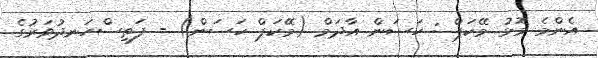
އެންމެ މޮޅު މޭކަޕް : ހަސަން އާދަމް (މޭކަޕް ހަސަން) - ފަތިސްހަނދުވަރުގެ